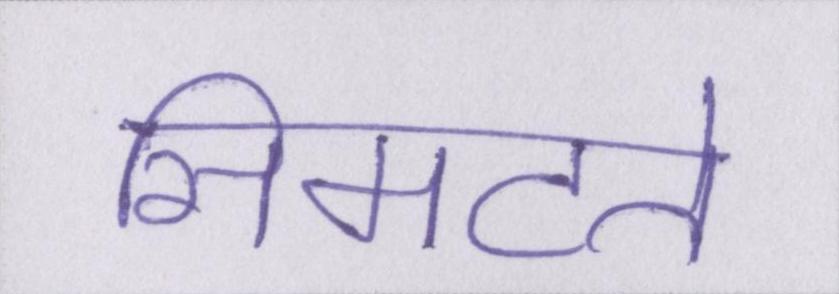
सिमटते